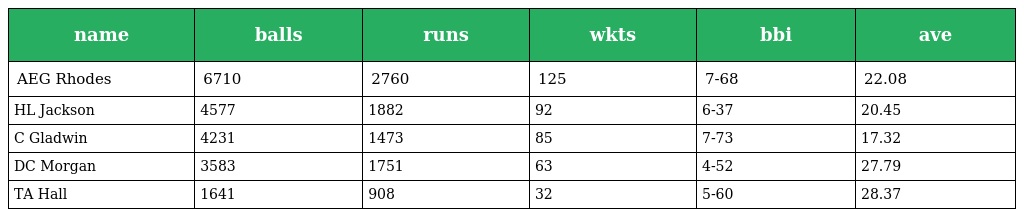
| name | balls | runs | wkts | bbi | ave |
 | --- | --- | --- | --- | --- | --- |
 | AEG Rhodes | 6710 | 2760 | 125 | 7-68 | 22.08 |
 | HL Jackson | 4577 | 1882 | 92 | 6-37 | 20.45 |
 | C Gladwin | 4231 | 1473 | 85 | 7-73 | 17.32 |
 | DC Morgan | 3583 | 1751 | 63 | 4-52 | 27.79 |
 | TA Hall | 1641 | 908 | 32 | 5-60 | 28.37 |